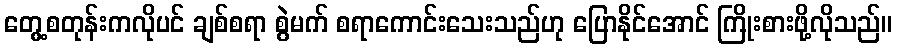
တွေ့စတုန်းကလိုပင် ချစ်စရာ စွဲမက် စရာကောင်းသေးသည်ဟု ပြောနိုင်အောင် ကြိုးစားဖို့လိုသည်။